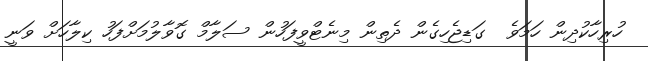
ހުރިހާކުދިން ހަމަވެ  ގަޑިޖެހިގެން ދެތިން މިނެޓްވީފަހުން ސަލާމް ގޮވާލުމަށްފަހު ކިލާހަށް ވަނީ